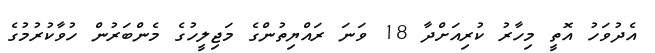
އެދުވަހު އޮތީ މިހާރު ކުރިއަށްދާ 18 ވަނަ ރައްޔިތުންގެ މަޖިލީހުގެ މެންބަރުން ހުވާކުރުމުގެ